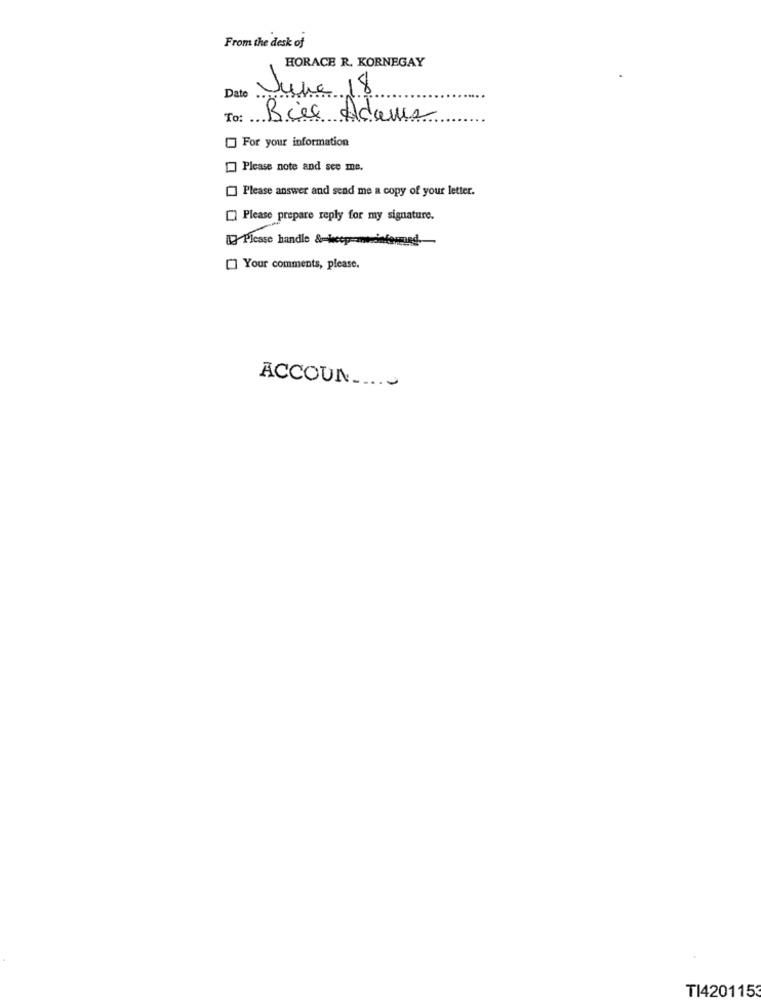
From the desk of
HORACE R. KORNEGAY
Date
June 18
To:
Bie Adams
For your information
Please note and see me.
[] Please answer and send me a copy of your letter.
[] Please prepare reply for my signature.
83 Please handle &=jeep-wwwinformed .-
[] Your comments, please.
ACCOUN .....
TI4201153